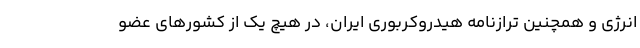
انرژی و همچنین ترازنامه هیدروکربوری ایران، در هیچ یک از کشور‌های عضو